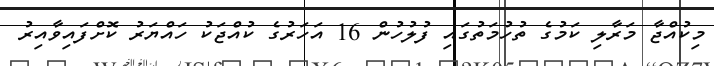
މިކުއްޖާ މަރާލި ކަމުގެ ތުހުމަތުގައި ފުލުހުން 16 އަހަރުގެ ކުއްޖަކު ހައްޔަރު ކޮށްފައިވާއިރު